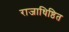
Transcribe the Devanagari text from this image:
राजाधिष्ठित